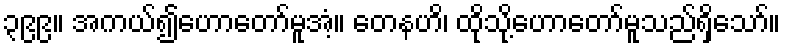
၃၉၉။ အကယ်၍ဟောတော်မူအံ့။ တေနဟိ၊ ထိုသို့ဟောတော်မူသည်ရှိသော်။